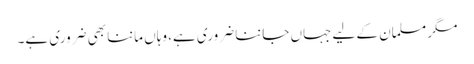
مگر مسلمان کے لیے جہاں جاننا ضروری ہے، وہاں ماننا بھی ضروری ہے۔